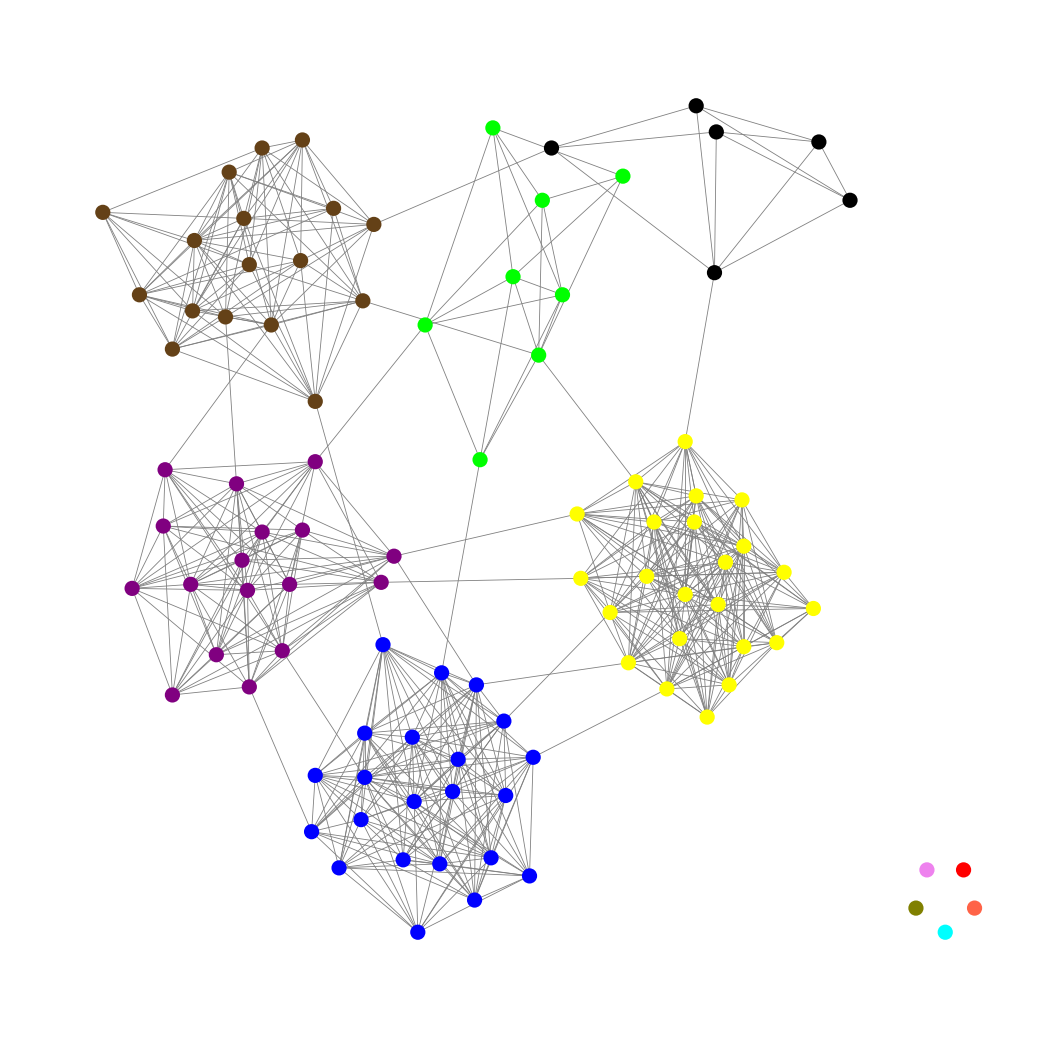
Graph connected: No
Number of connected components: 6
Number of singletons: 5
Total number of nodes: 98
Total number of edges: 577
Number of communities: 11
Community sizes:
Aqua: 1
Black: 6
Blue: 22
Lime: 8
Olive: 1
Pullman Brown: 17
Purple: 17
Red: 1
Tomato: 1
Violet: 1
Yellow: 23
Graph layout: tda
Graph generation method: erdos_renyi